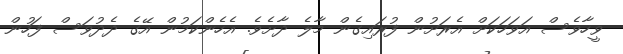
ވީހާވެސް އަވަހަކަށް އެރަށުން ފުރައިގެން މާލެ ދާށެވެ. އެެހެންކަމުން އޭގެ ދެދުވަސް ފަހުން